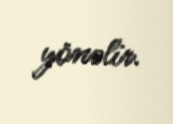
yönəlir.